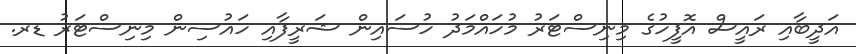
އަދީބާއި ރައީސް އޮފީހުގެ މިނިސްޓަރު މުހައްމަދު ހުސައިން ޝަރީފާއި ހައުސިން މިނިސްޓަރު ޑރ.